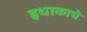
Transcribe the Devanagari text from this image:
इथाकाचे